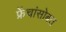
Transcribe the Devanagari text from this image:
फ्रेंचांसोबत